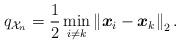
LaTeX: \begin{align*}q_{ {\cal X}_n} = \dfrac{1}{2} \min_{ i \neq k} \left\| \boldsymbol{x}_i - \boldsymbol{x}_k \right\|_2.\end{align*}